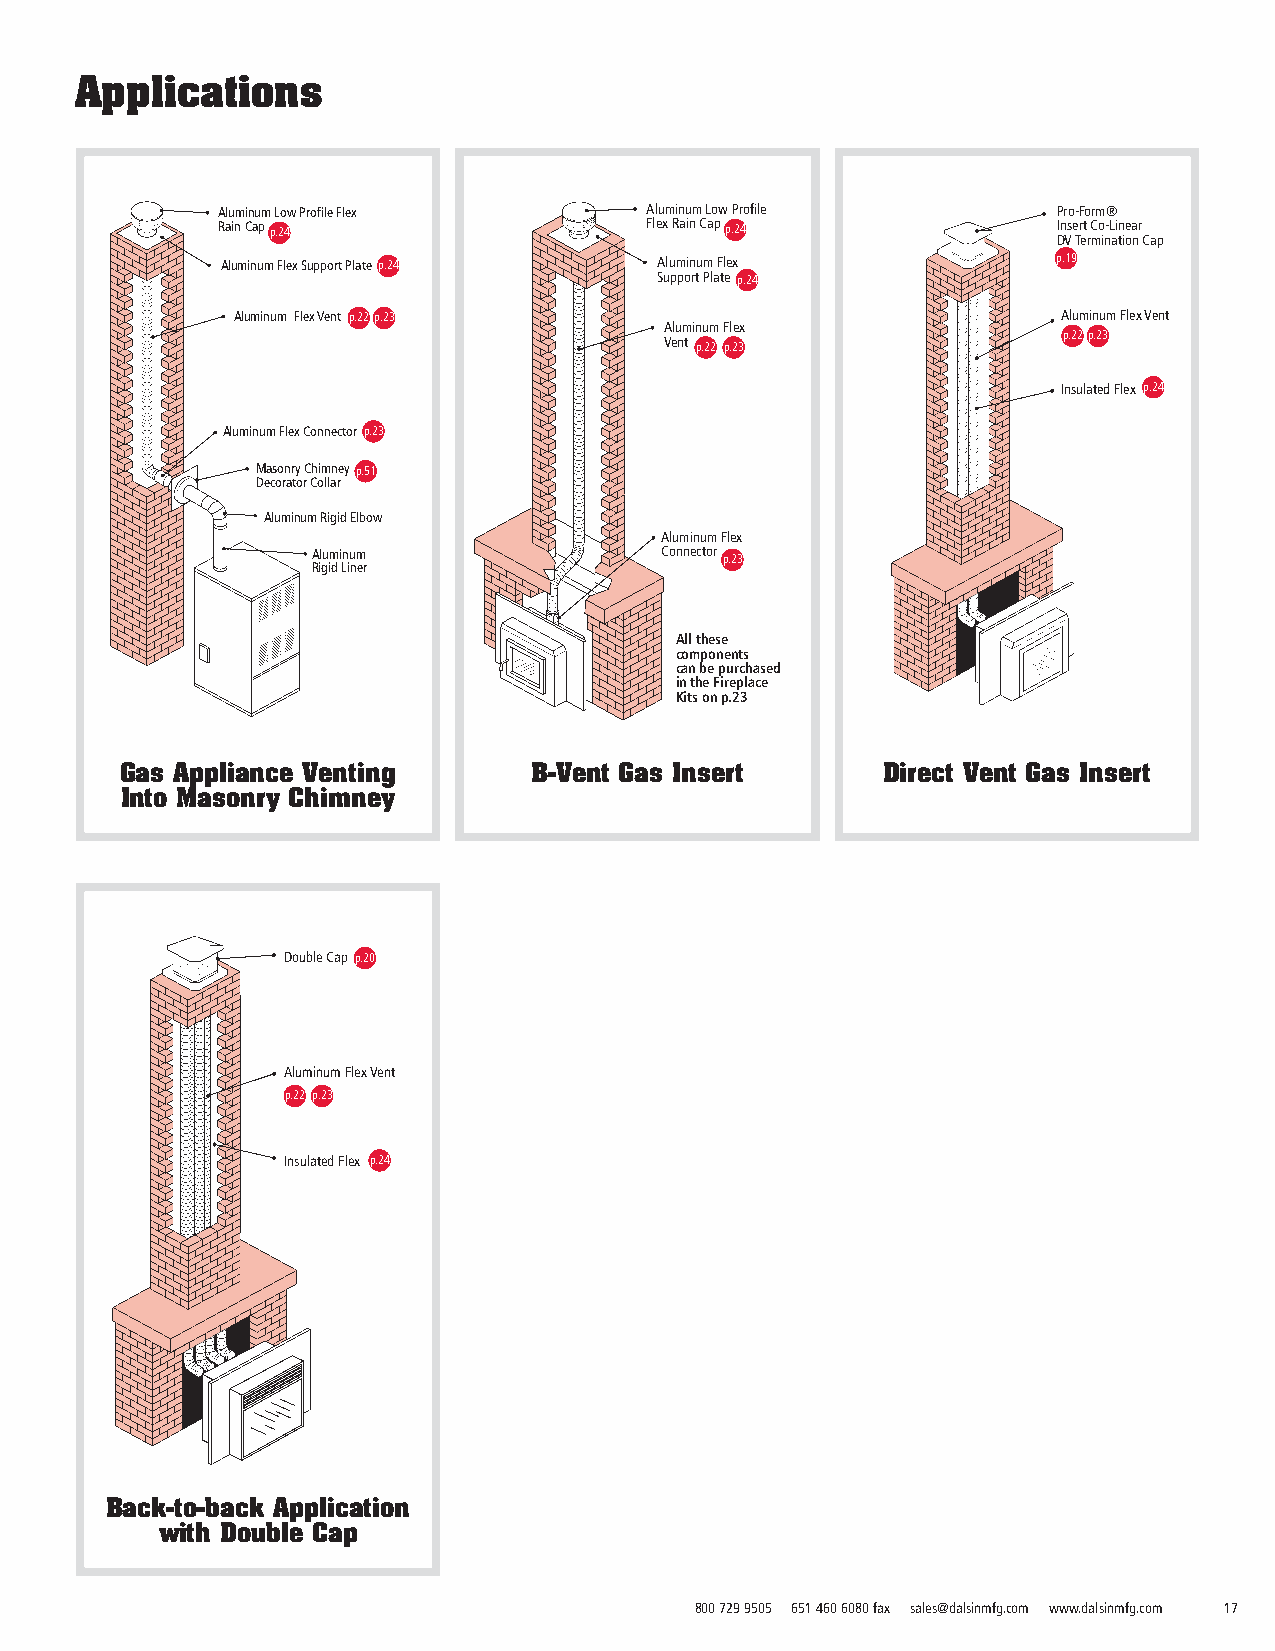
Applications
 Aluminum Low Profile Flex    Aluminum Low Profile       Pro-Form®
 Rain Capp.24                 Flex Rain Cap p.24         Insert Co-Linear
 DV Termination Cap
 Aluminum Flex Support Plate p.24 Aluminum Flex         p.19
 Support Plate p.24
 Aluminum Flex Vent p.22p.23                            Aluminum Flex Vent
 Aluminum Flex
 Vent p.22 p.23            p.22p.23
 Insulated Flex p.24
 Aluminum Flex Connector p.23
 Masonry Chimney p.51
 Decorator Collar
 Aluminum Rigid Elbow
 Aluminum Flex
 Aluminum               Connector p.23
 Rigid Liner
 All these
 components
 can be purchased
 in the Fireplace
 Kits on p.2223
 Gas Appliance Venting      B-Vent Gas Insert      Direct Vent Gas Insert
 Into Masonry Chimney
 Double Cap p.20
 Aluminum Flex Vent
 p.22 p.23
 Insulated Flex p.24
 Back-to-back Application
 with Double Cap
 800 729 9505 651 460 6080 fax sales@dalsinmfg.com www.dalsinmfg.com 17